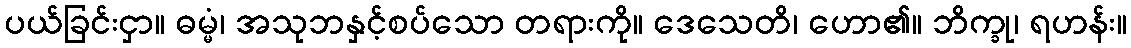
ပယ်ခြင်းငှာ။ ဓမ္မံ၊ အသုဘနှင့်စပ်သော တရားကို။ ဒေသေတိ၊ ဟော၏။ ဘိက္ခု၊ ရဟန်း။